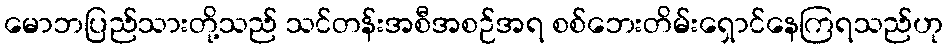
မောဘပြည်သားတို့သည် သင်တန်းအစီအစဉ်အရ စစ်ဘေးတိမ်းရှောင်နေကြရသည်ဟု